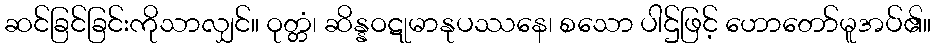
ဆင်ခြင်ခြင်းကိုသာလျှင်။ ဝုတ္တံ၊ ဆိန္နဝဋုမာနုပဿနေ၊ စသော ပါဌ်ဖြင့် ဟောတော်မူအပ်၏။